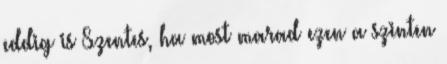
eddig is Szentes, ha most marad ezen a szinten